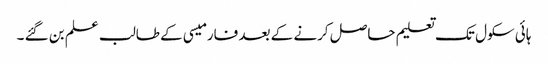
ہائی سکول تک تعلیم حاصل کرنے کے بعد فارمیسی کے طالب علم بن گئے ۔